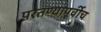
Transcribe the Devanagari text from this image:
परतण्यापूर्वीच